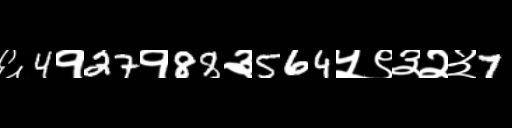
Text: ६4१27१88३564५९३२३7